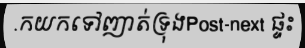
.កយកទៅញាត់ទ្រុងPost-next ផ្ទះ